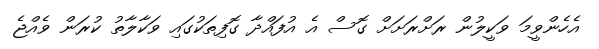
އެހެންވީމަ ވަކީލުން ރަށްރަށަށް ގޮސް އެ އުފައްދާ ގޮފިތަކުގައި ވަކާލާތު ކުރަން ވެއްޖެ